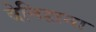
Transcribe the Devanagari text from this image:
बेनिहाना